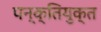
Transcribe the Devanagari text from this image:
पन्क्तियुक्त